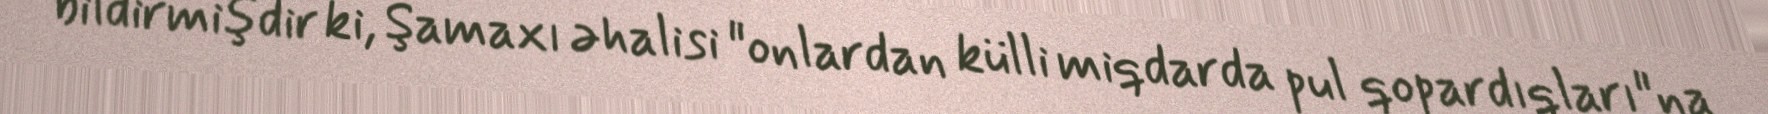
bildirmişdir ki, Şamaxı əhalisi "onlardan külli miqdarda pul qopardıqları"na